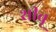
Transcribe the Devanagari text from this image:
शीबू